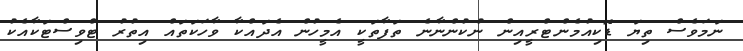
ނަމަވެސް ތިޔަ ޑޮކިއުމެންޓްރީއިން ނުކުންނާނެ ތަފާތަކީ އެމީހުން އެދައްކާ ވާހަކަތައް އިތުރު ޓްވިސްޓަކާއެކު